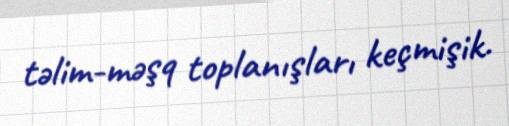
təlim-məşq toplanışları keçmişik.